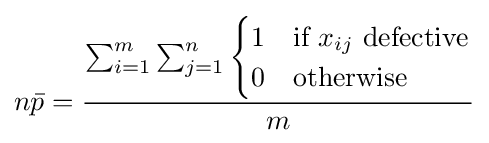
n{\bar {p}}={\frac {\sum _{i=1}^{m}\sum _{j=1}^{n}{\begin{cases}1&{\mbox{if }}x_{ij}{\mbox{ defective}}\\0&{\mbox{otherwise}}\end{cases}}}{m}}